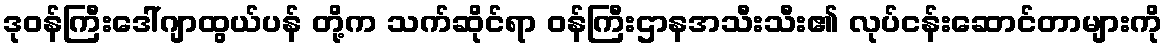
ဒုဝန်ကြီးဒေါ်ဂျာထွယ်ပန် တို့က သက်ဆိုင်ရာ ဝန်ကြီးဌာနအသီးသီး၏ လုပ်ငန်းဆောင်တာများကို